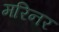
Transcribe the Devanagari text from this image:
मरिनर